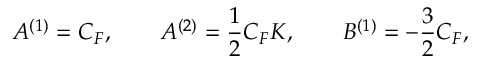
A ^ { ( 1 ) } = C _ { F } , \qquad A ^ { ( 2 ) } = \frac { 1 } { 2 } C _ { F } K , \qquad B ^ { ( 1 ) } = - \frac { 3 } { 2 } C _ { F } ,